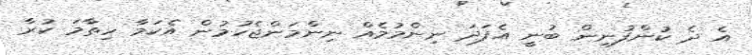
އެ ދެ ކުންފުނިން ބުނީ އެފަދަ ނިންމުމެއް ނިންމަންޖެހުމުން އެކަމާ ހިތާމަ ކުރާ